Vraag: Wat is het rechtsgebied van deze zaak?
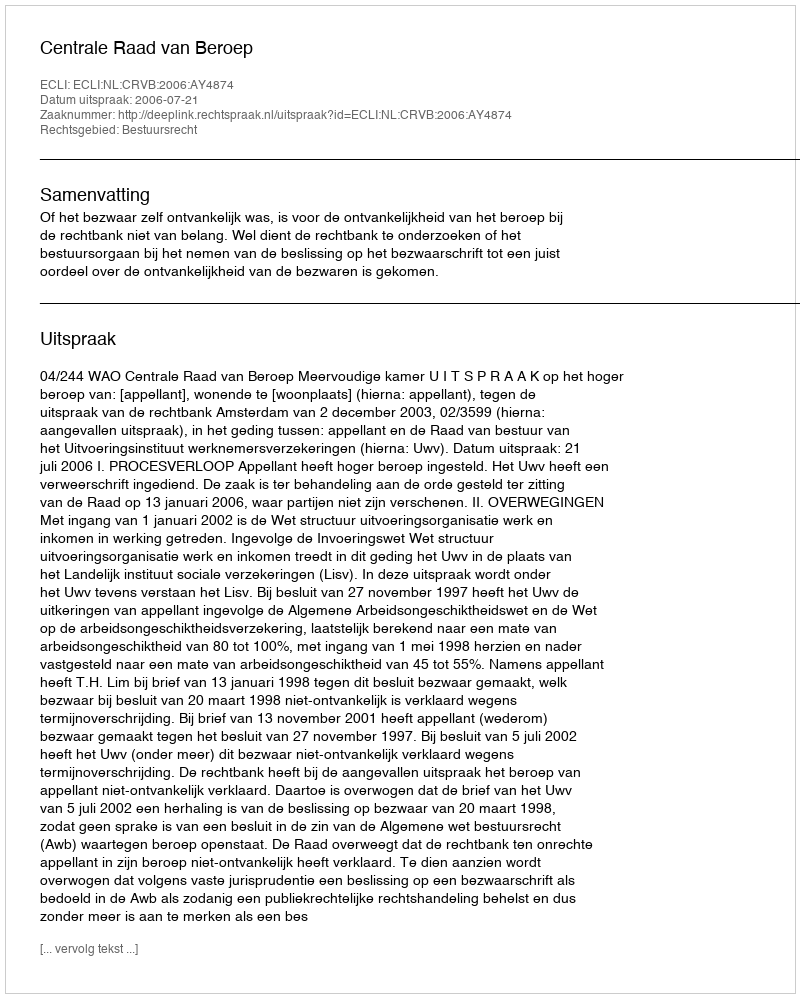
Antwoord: Bestuursrecht